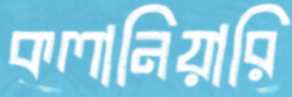
কলানিয়ারি